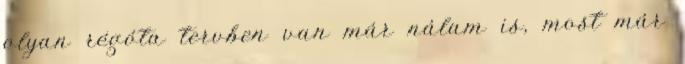
olyan régóta tervben van már nálam is, most már